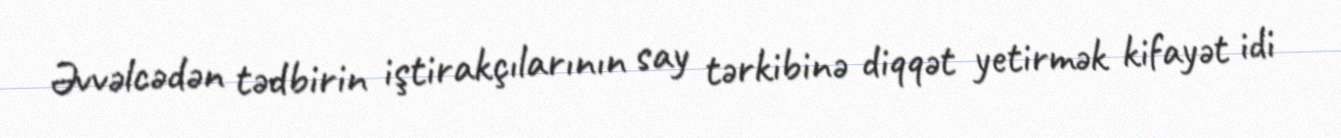
Əvvəlcədən tədbirin iştirakçılarının say tərkibinə diqqət yetirmək kifayət idi